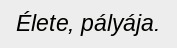
Élete, pályája.